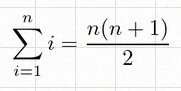
\sum_{i=1}^{n}i=\frac{n(n+1)}2